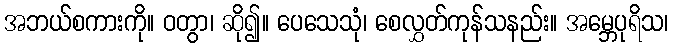
အဘယ်စကားကို။ ဝတွာ၊ ဆို၍။ ပေသေသုံ၊ စေလွှတ်ကုန်သနည်း။ အမ္ဘေပုရိသ၊